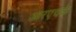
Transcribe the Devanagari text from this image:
आरएचके